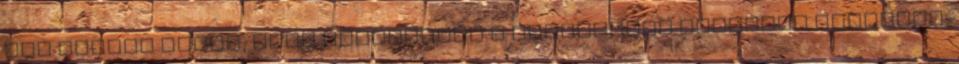
egy csipet sóval, majd hozzáadjuk a vaníliarúd kikapart belsejét,